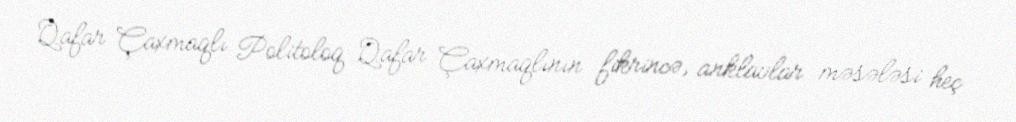
Qafar Çaxmaqlı Politoloq Qafar Çaxmaqlının fikrincə, anklavlar məsələsi heç